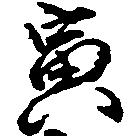
寅